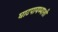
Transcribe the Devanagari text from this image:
घाटपायथ्याशी